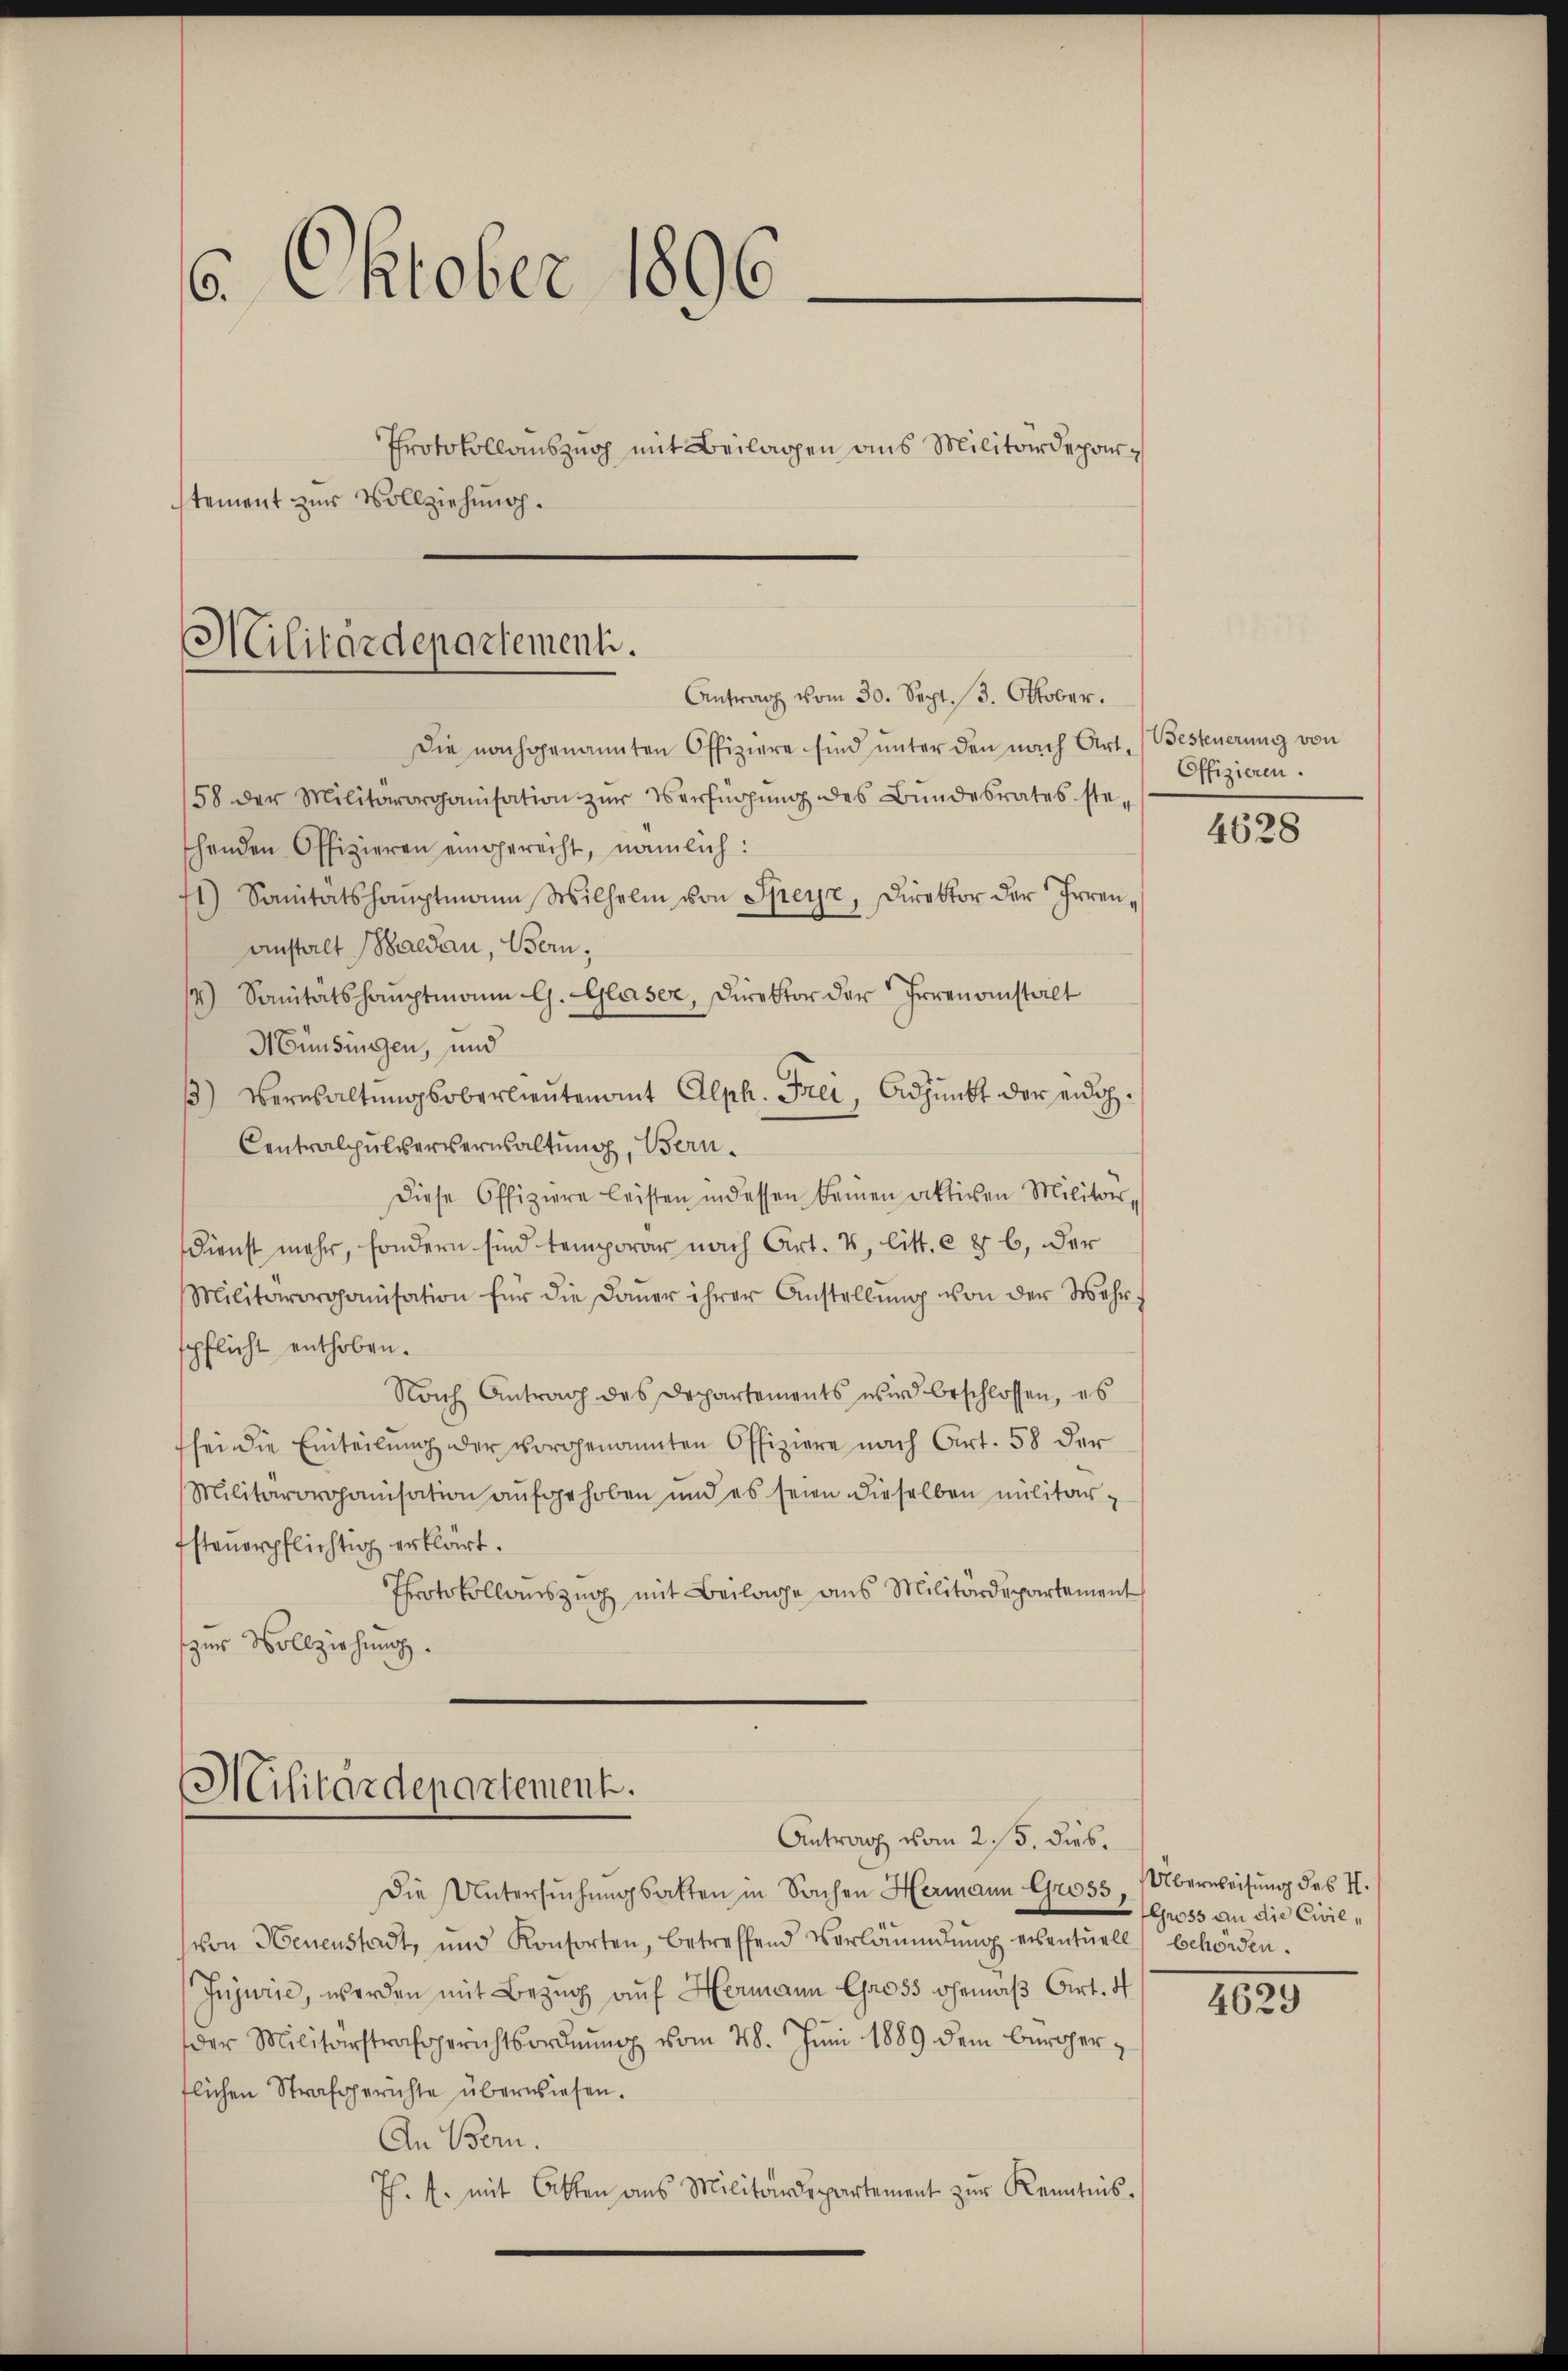
6. Oktober 1896
Protokollauszug mit Beilagen aus Militärdeparstement zur Vollziehung.

Militärdepartement.
Antrag vom 30. Sept. 3. Oktober.

Die nachgenannten Offiziere sind unter den nach Art. (Besteuerung von
58 der Militärorganisation zŭr Verfügŭng des Bŭndesrates ste-
henden Offizieren eingerecht, nämlich:
11) Sanitätshauptmann Wilhelm von Speyr, Direktor der Irrenanstalt Baldau, Bern,
/4) Sanitätshauptmann G. Glaser, Direktor der Irrenanstalt
Hünsingen, und
) Verwaltŭngsoberlieŭtenamt Alph. Frei, Adjunkt der eidg.
Centralpulververwaltung, Bern.
Diese Offiziere leisten indessen keinen aktiven Militar-
Dienst mehr, sondern sind temporar nach Art. 4, litt. c § 6, der
Militärorganisation für die Daŭer ihrer Anstellŭng von der Mehr-
spflicht enthoben.
Nach Antrag des Departements wird beschlossen, es
sei die Einteilung der vorgenannten Offiziere nach Art. 58 der
Militärorganisation aufgehoben und es seien dieselben militar-
fsteuerpflichtig erklärt.
Protokollauszug mit Beilage aus Militärdepartement
zur Vollziehung.

Militärdepartement.
Antrag vom 25. dies.

Die Untersuchungsatten in Sachen Hermann Gross, Überweisung des H.
(von Heuenstadt, und Konsorten, betreffend Verläumdŭng eventuell behörden.
Injurie, werden mit Bezug auf Hermann Chaos Ohemäβ Art. 4
der Militärstrafgerichtsordnŭng vom 28. Jŭni 1889 dem Bürgerflichen Strafgerichte überwiesen.
An Bern.
J. J. mit Atten aus Militärdepartement zŭr Kenntnis-

Offizieren.

4628

Gross an die Civil¬

4629